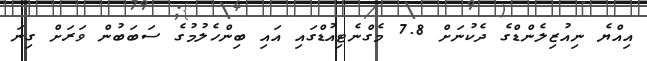
އިއްޔެ ނިއުޒިލެންޑްގެ ދެކުނަށް 7.8 މެގްނެޓިއުޑްގައި އައި ބިންހެލުމުގެ ސަބަބުން ވަރަށް ގިނަ